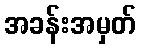
အခန်းအမှတ်